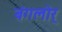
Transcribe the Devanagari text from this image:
बंगलोर्